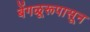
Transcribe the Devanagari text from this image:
बेंगळूरूपासून